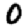
Digit: 0